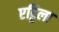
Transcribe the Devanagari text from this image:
एट्टिला